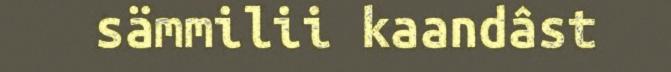
sämmilii kaandâst